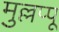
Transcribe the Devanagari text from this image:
मुल्लप्पू